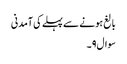
بالغ ہونے سے پہلے کی آمدنی
سوال۹۔